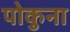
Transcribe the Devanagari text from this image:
पोकुना